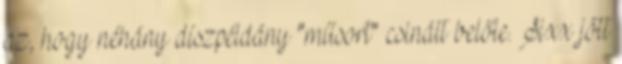
az, hogy néhány díszpéldány "műsort" csinált belőle. Sixx jött